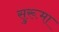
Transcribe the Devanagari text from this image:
सुरूमा